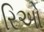
રિઓ